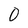
Character: 0